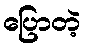
ပြောတဲ့